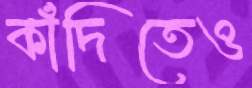
কাঁদিতেও